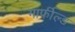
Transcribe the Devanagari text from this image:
गार्फील्ड